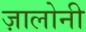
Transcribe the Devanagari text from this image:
ज़ालोनी